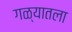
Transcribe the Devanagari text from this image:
गळ्यातला